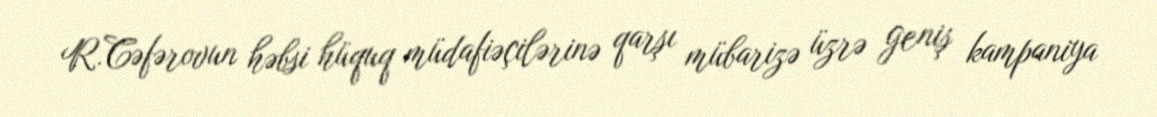
R.Cəfərovun həbsi hüquq müdafiəçilərinə qarşı mübarizə üzrə geniş kampaniya